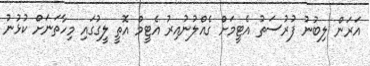
އަރަން ލިބުނު ފުރުސަތު އެޓީމަށް ގެއްލުނުއިރު އެޓީމް އޮތީ ލީގުގައި މިހާތަނަށް ކުޅުނު